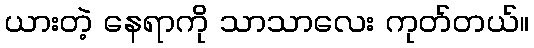
ယားတဲ့ နေရာကို သာသာလေး ကုတ်တယ်။